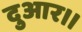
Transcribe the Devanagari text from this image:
दुआर।।